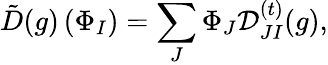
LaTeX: {\tilde{D}}(g)\left(\Phi_{I}\right)=\sum_{J}\Phi_{J}{\cal D}_{JI}^{(t)}(g),